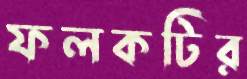
ফলকটির